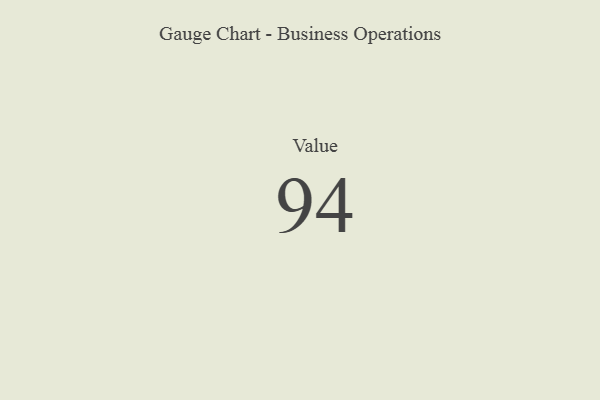
{"axis": {"x": "Metric", "y": "Value"}, "legend": [""], "data": [{"x": "Value", "y": 94, "type": ""}]}